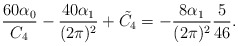
\begin{align*}\frac{60\alpha_{0}}{C_{4}}-\frac{40\alpha_{1}}{(2\pi)^{2}}+\tilde{C_{4}}=-\frac{8\alpha_{1}}{(2\pi)^{2}}\frac{5}{46}.\end{align*}